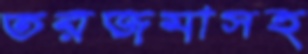
তরজমাসহ